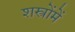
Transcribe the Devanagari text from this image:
शस्त्रोंमें